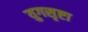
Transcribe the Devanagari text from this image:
युगसृष्टा